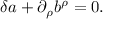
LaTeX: \delta a + \partial _ { \rho } b ^ { \rho } = 0 .